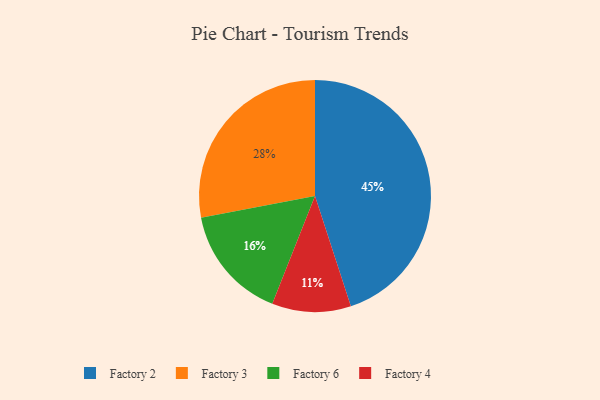
{"axis": {"x": "Category", "y": "Percentage"}, "legend": ["Factory 2", "Factory 3", "Factory 4", "Factory 6"], "data": [{"x": "Factory 2", "y": 45, "type": "Factory 2"}, {"x": "Factory 3", "y": 28, "type": "Factory 3"}, {"x": "Factory 6", "y": 16, "type": "Factory 6"}, {"x": "Factory 4", "y": 11, "type": "Factory 4"}]}